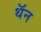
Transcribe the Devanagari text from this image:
थॅन